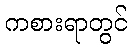
ကစားရာတွင်